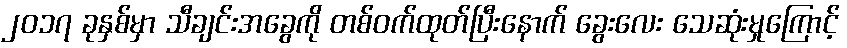
၂၀၁၇ ခုနှစ်မှာ သီချင်းအခွေကို တစ်ဝက်ထုတ်ပြီးနောက် ခွေးလေး သေဆုံးမှုကြောင့်